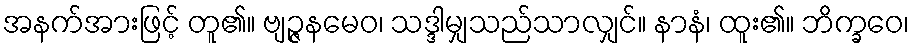
အနက်အားဖြင့် တူ၏။ ဗျဉ္ဇနမေဝ၊ သဒ္ဒါမျှသည်သာလျှင်။ နာနံ၊ ထူး၏။ ဘိက္ခဝေ၊